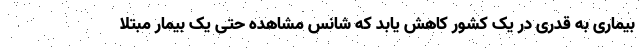
بیماری به قدری در یک کشور کاهش یابد که شانس مشاهده حتی یک بیمار مبتلا